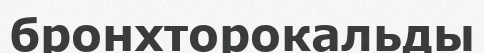
бронхторокальды